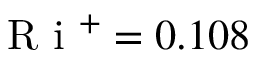
\textrm { R i } ^ { + } = 0 . 1 0 8